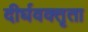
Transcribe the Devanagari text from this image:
दीर्घवक्तृता